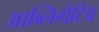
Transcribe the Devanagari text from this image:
आब्लिगेटिव